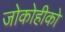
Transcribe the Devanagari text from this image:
जोकोहीको